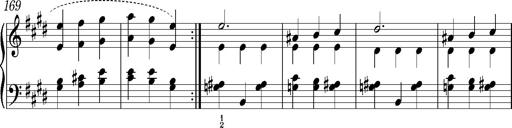
Title: Valses oubliÃ©es
Composer: Franz Liszt